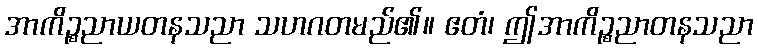
အာကိဉ္စညာယတနသညာ သဟဂတမည်၏။ ဧတံ၊ ဤအာကိဉ္စညာတနသညာ